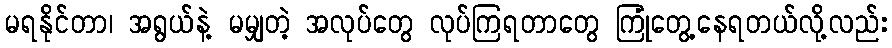
မရနိုင်တာ၊ အရွယ်နဲ့ မမျှတဲ့ အလုပ်တွေ လုပ်ကြရတာတွေ ကြုံတွေ့နေရတယ်လို့လည်း